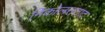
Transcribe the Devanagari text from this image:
निकोलसताद